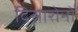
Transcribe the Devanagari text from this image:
दिसारोनो